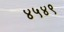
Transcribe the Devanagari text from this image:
४५४९